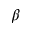
\beta